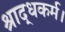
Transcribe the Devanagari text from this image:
श्राद्धकर्म।